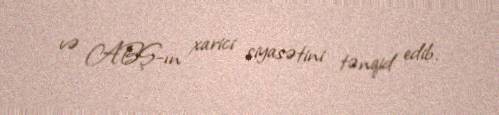
və ABŞ-ın xarici siyasətini tənqid edib.